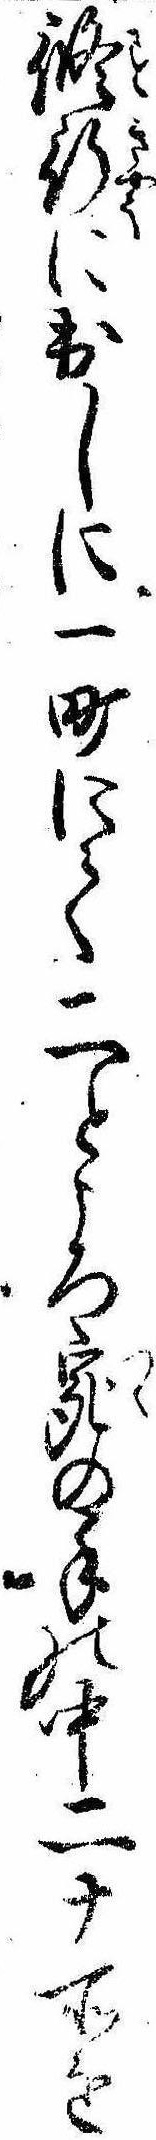
修行に出しに一町にて二ところ宛の手の中二十所を